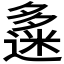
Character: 𡗅